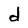
Character: d